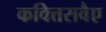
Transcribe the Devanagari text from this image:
कवित्तसवैए